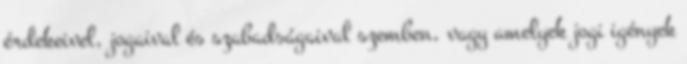
érdekeivel, jogaival és szabadságaival szemben, vagy amelyek jogi igények